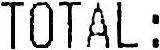
TOTAL :